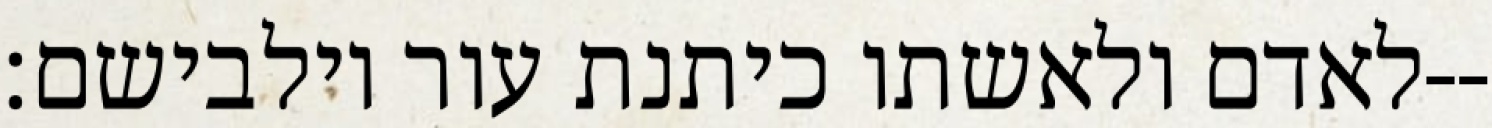
לאדם ולאשתו כיתנת עור וילבישם׃--